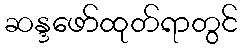
ဆန္ဒဖော်ထုတ်ရာတွင်